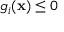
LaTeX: g _ { i } ( \mathbf { x } ) \leq 0